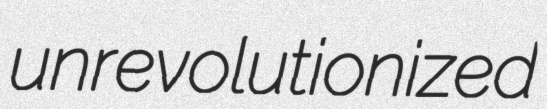
unrevolutionized